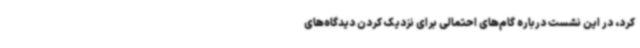
کرد، در این نشست درباره گام‌های احتمالی برای نزدیک کردن دیدگاه‌های